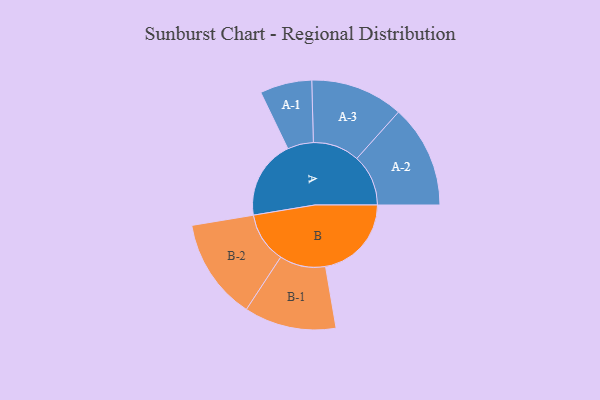
{"axis": {"x": "Segment", "y": "Value"}, "legend": ["", "A", "B"], "data": [{"x": "A", "y": 380, "type": ""}, {"x": "B", "y": 414, "type": ""}, {"x": "A-1", "y": 125, "type": "A"}, {"x": "A-2", "y": 248, "type": "A"}, {"x": "A-3", "y": 224, "type": "A"}, {"x": "B-1", "y": 222, "type": "B"}, {"x": "B-2", "y": 244, "type": "B"}]}